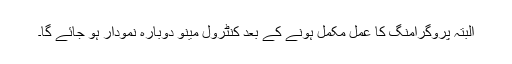
البتہ پروگرامنگ کا عمل مکمل ہونے کے بعد کنٹرول مینو دوبارہ نمودار ہو جائے گا۔